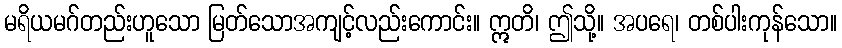
မရိယမဂ်တည်းဟူသော မြတ်သောအကျင့်လည်းကောင်း။ ဣတိ၊ ဤသို့။ အပရေ၊ တစ်ပါးကုန်သော။